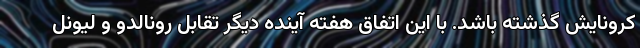
کرونایش گذشته باشد. با این اتفاق هفته آینده دیگر تقابل رونالدو و لیونل